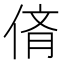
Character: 𠉸